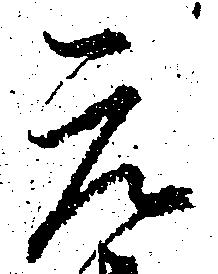
元